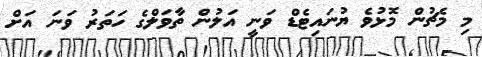
މި މެޗުން މޮޅުވެ ޔުނައިޓެޑް ވަނީ އަލުން ތާވަލްގެ ހަތަރު ވަނަ އަށް